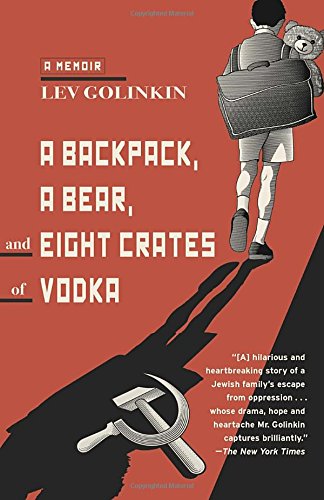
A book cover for A Backpack, a Bear, and Eight Crates of Vodka: A Memoir; Lev Golinkin; Biographies & Memoirs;